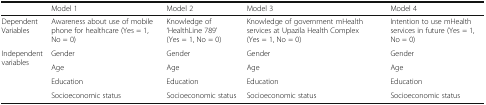
|  | Model 1 | Model 2 | Model 3 | Model 4 |
 | --- | --- | --- | --- | --- |
 | Dependent Variables | Awareness about use of mobile phone for healthcare (Yes = 1, No = 0) | Knowledge of ‘HealthLine 789’ (Yes = 1, No = 0) | Knowledge of government mHealth services at Upazila Health Complex (Yes = 1, No = 0) | Intention to use mHealth services in future (Yes = 1, No = 0) |
 | <ROWSPAN=4> Independent variables | Gender | Gender | Gender | Gender |
 | Age | Age | Age | Age |
 | Education | Education | Education | Education |
 | Socioeconomic status | Socioeconomic status | Socioeconomic status | Socioeconomic status |